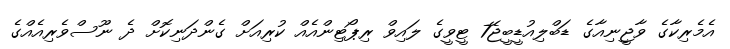
އެމެރިކާގެ ވާޖީނިއާގެ ޑަބްލިއުޑީބީޖޭ7 ޓީވީގެ ލައިވް ރިޕޯޓިންއެއް ކުރިއަށް ގެންދަނިކޮށް ދެ ނޫސްވެރިއެއްގެ